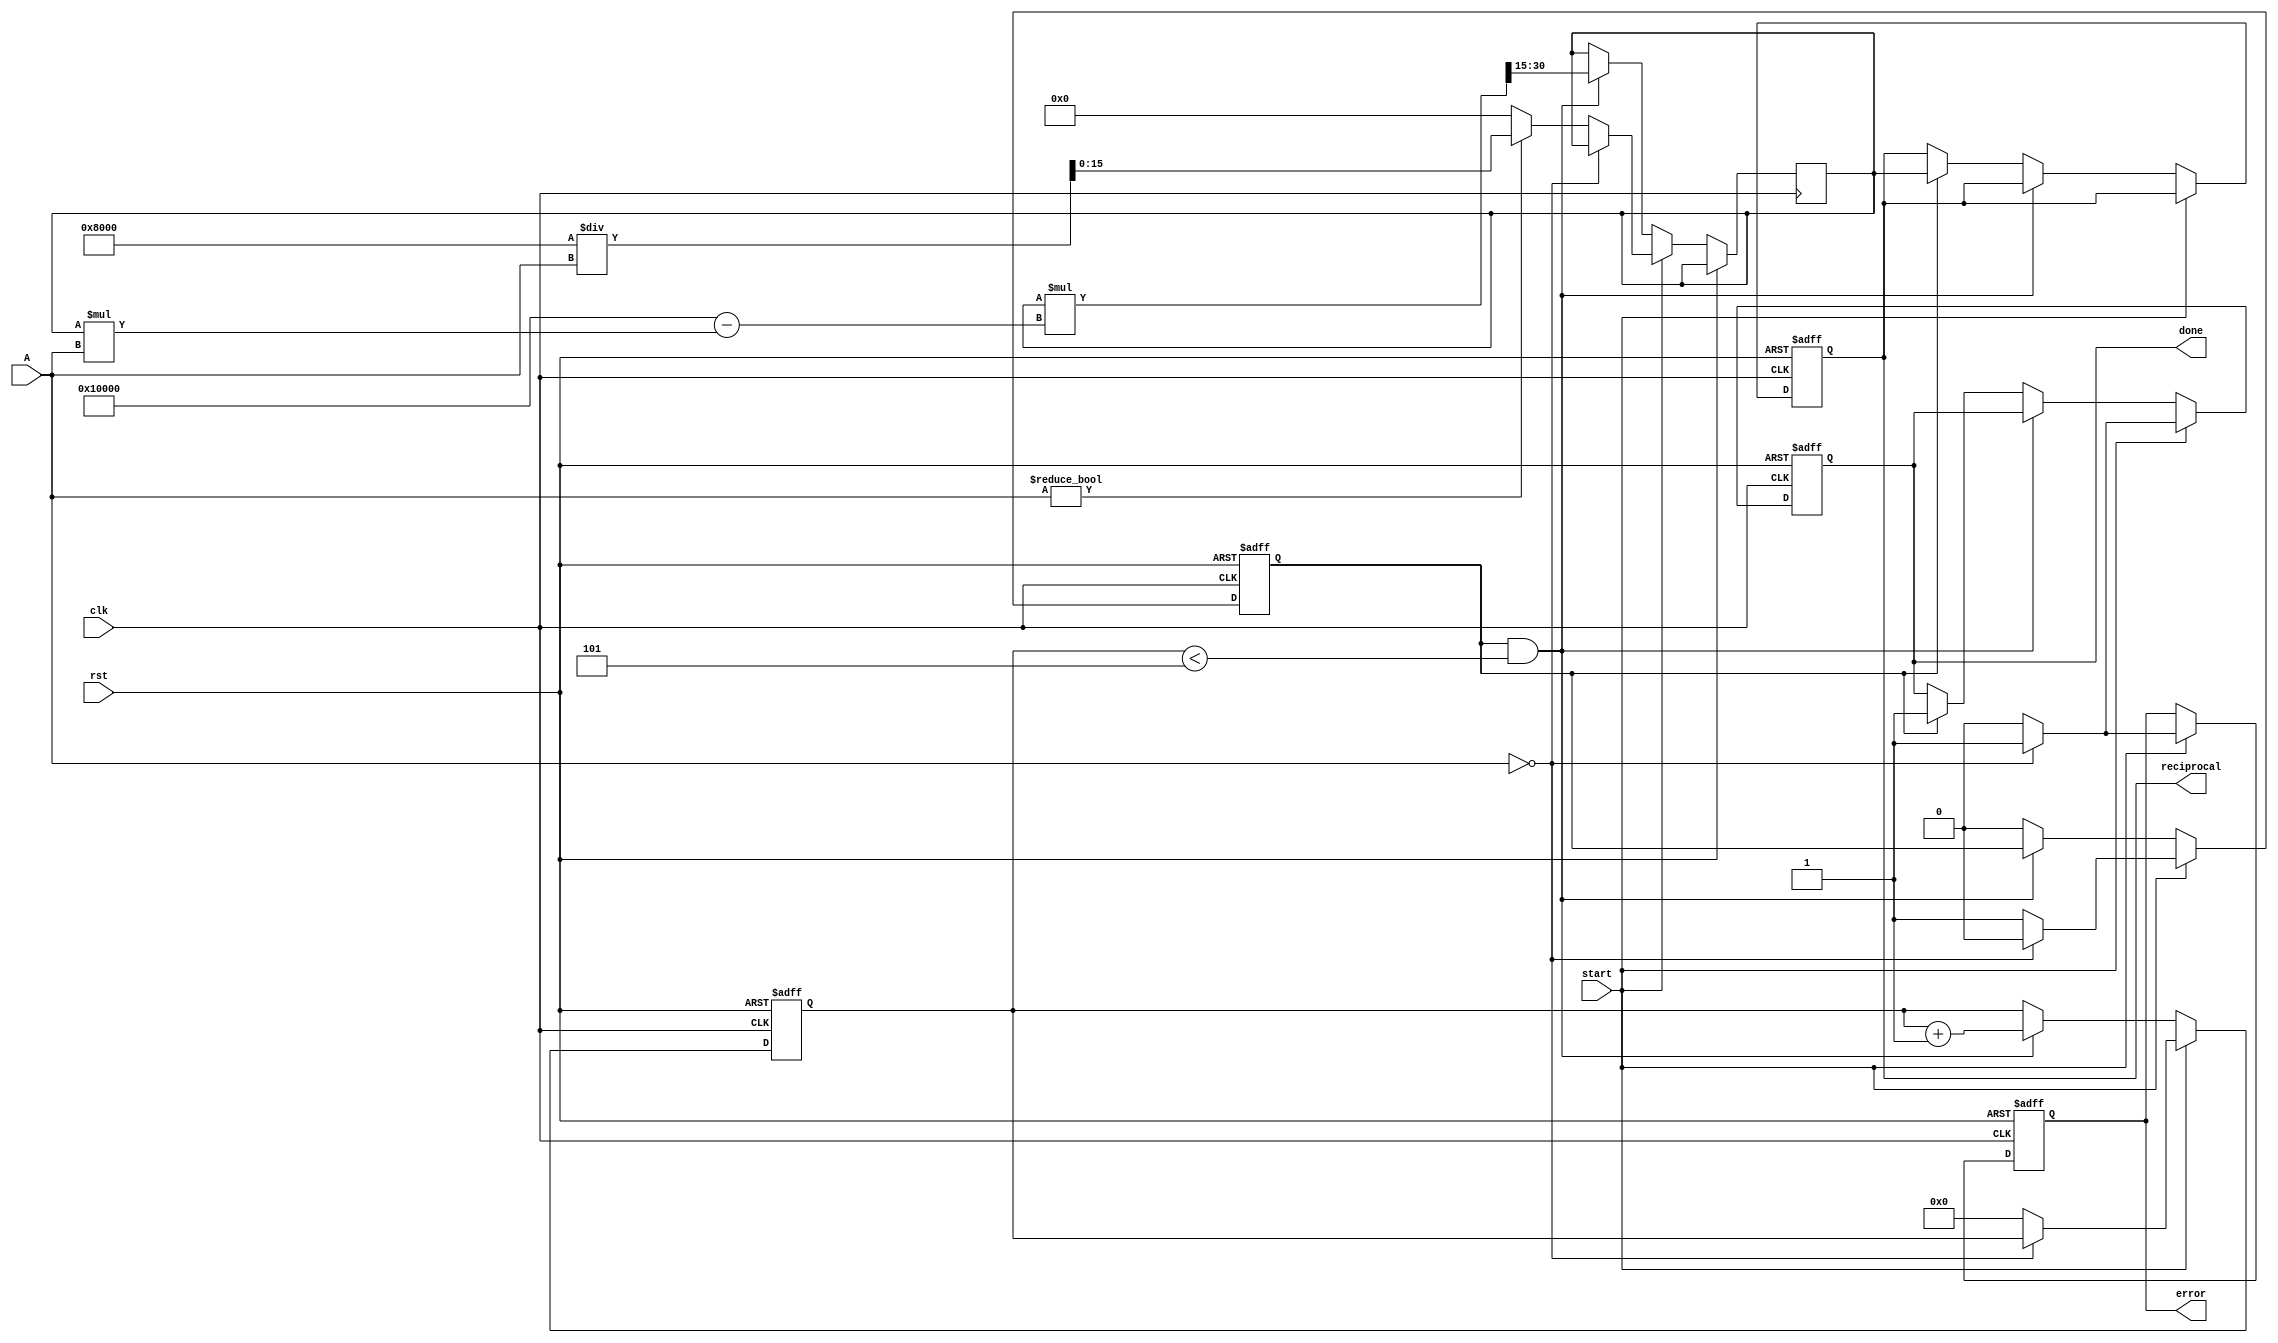
module IterativeReciprocal #(
    parameter N = 16, // Bit-width of the input
    parameter M = 16, // Bit-width of the output
    parameter ITERATIONS = 5 // Number of iterations for refinement
)(
    input wire clk,
    input wire rst,
    input wire start,
    input wire [N-1:0] A, // Input value
    output reg [M-1:0] reciprocal, // Computed reciprocal
    output reg done, // Indicates completion
    output reg error // Indicates an error (e.g., division by zero)
);

    reg [M-1:0] x_n; // Current estimate of the reciprocal
    reg [M-1:0] x_n_next; // Next estimate of the reciprocal
    reg [3:0] iteration_count; // Counter for iterations
    reg valid; // Flag to indicate valid input

    // Initial estimate (simple approximation)
    function [M-1:0] initial_estimate;
        input [N-1:0] value;
        begin
            // Simple initial guess: 1 / value
            if (value != 0) begin
                initial_estimate = (1 << (M-1)) / value; // 2^(M-1) / A
            end else begin
                initial_estimate = 0; // Handle division by zero
            end
        end
    endfunction

    always @(posedge clk or posedge rst) begin
        if (rst) begin
            reciprocal <= 0;
            done <= 0;
            error <= 0;
            iteration_count <= 0;
            valid <= 0;
        end else if (start) begin
            if (A == 0) begin
                error <= 1; // Division by zero
                done <= 1;
                valid <= 0;
            end else begin
                valid <= 1;
                x_n <= initial_estimate(A);
                iteration_count <= 0;
                done <= 0;
                error <= 0;
            end
        end else if (valid && iteration_count < ITERATIONS) begin
            // Iterative calculation
            x_n_next = x_n * (2**M - x_n * A) >> (M-1); // x_n * (2 - x_n * A)
            x_n <= x_n_next;
            iteration_count <= iteration_count + 1;
        end else if (valid) begin
            reciprocal <= x_n; // Final result
            done <= 1; // Indicate completion
            valid <= 0; // Reset valid flag
        end
    end
endmodule